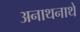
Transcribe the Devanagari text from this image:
अनाथनाथे